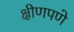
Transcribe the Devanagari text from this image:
क्षीणपणे